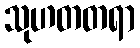
သုဟတတရာ